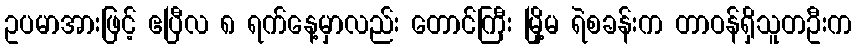
ဥပမာအားဖြင့် ဧပြီလ ၈ ရက်နေ့မှာလည်း တောင်ကြီး မြို့မ ရဲစခန်းက တာဝန်ရှိသူတဦးက